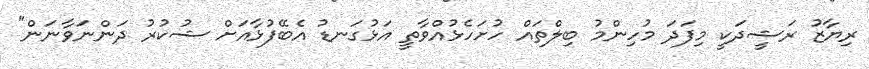
ރިޔާޒު ރަޝީދަކީ މިފަދަ މުހިންމު ބިލްތައް ހުށަހެޅުއްވާތީ އަޅުގަނޑު އެބޭފުޅާއަށް ޝުކުރު ދަންނަވާނަން"